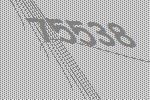
75538